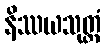
နိဿယသုတ္တံ